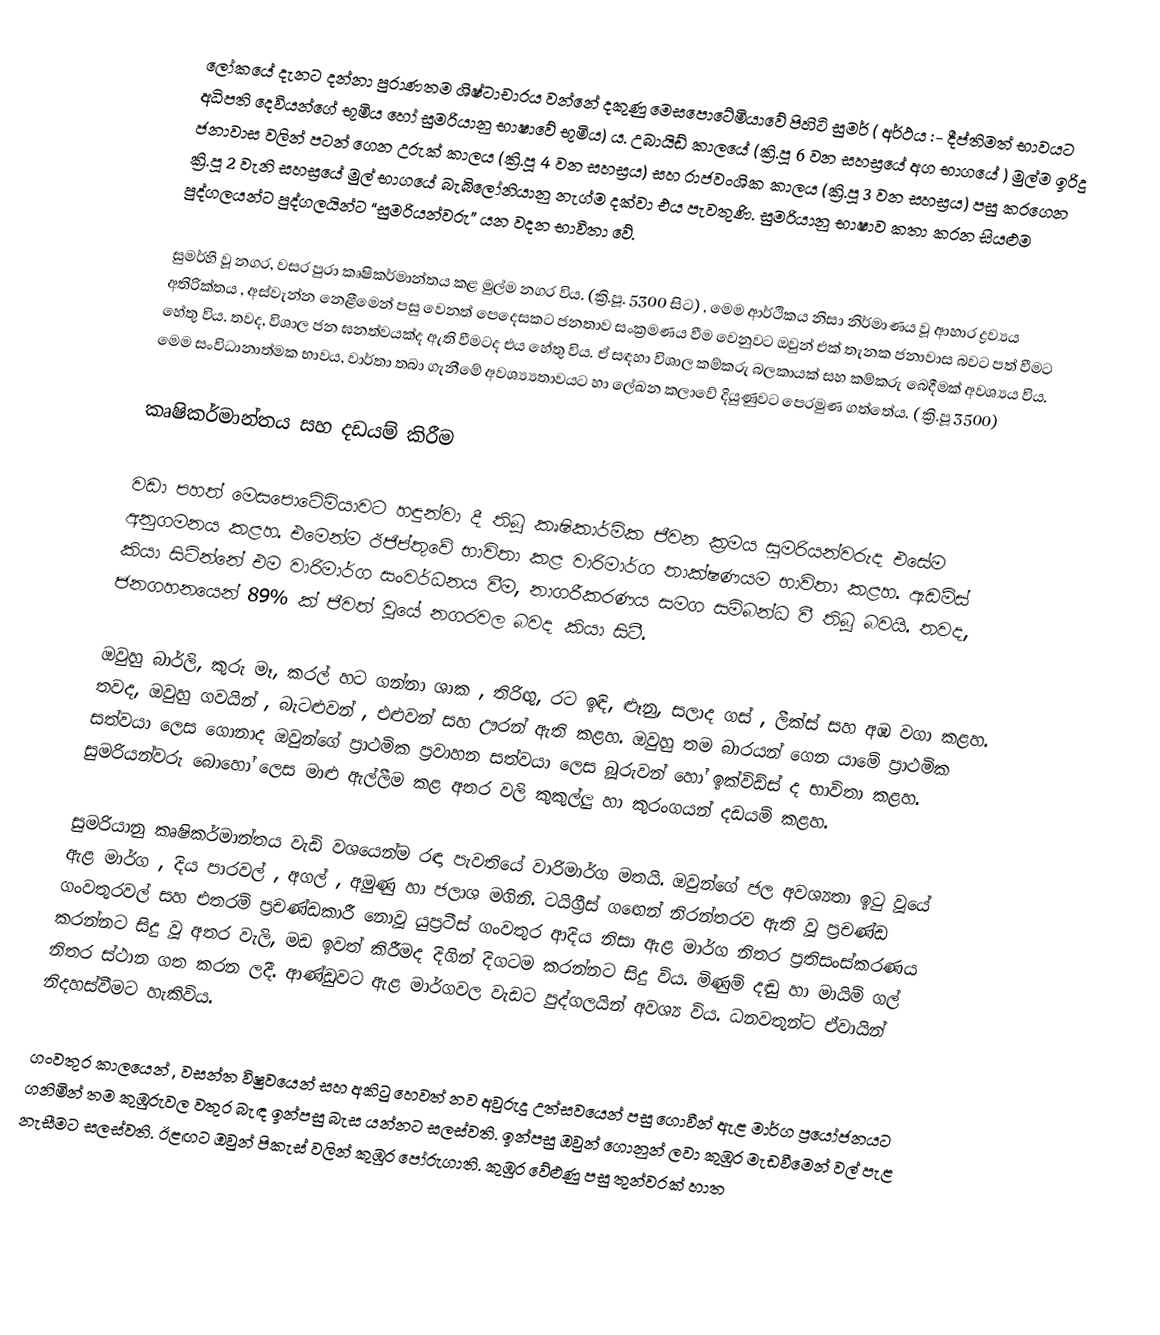
ලෝකයේ දැනට දන්නා පුරාණතම ශිෂ්ටාචාරය වන්නේ දකුණු මෙසපොටේමියාවේ පිහිටි සුමර් ( අර්ථය :- දීප්තිමත් භාවයට අධිපති දෙවියන්ගේ භූමිය හෝ සුමරියානු භාෂාවේ භූමිය) ය. උබායිඩ් කාලයේ (ක්‍රි.පූ 6 වන සහස්‍රයේ අග භාගයේ ) මුල්ම ඉරිදු ජනාවාස වලින් පටන් ගෙන උරුක් කාලය (ක්‍රි.පූ 4 වන සහස්‍රය) සහ රාජවංශික කාලය (ක්‍රි.පූ 3 වන සහස්‍රය) පසු කරගෙන ක්‍රි.පූ 2 වැනි සහස්‍රයේ මුල් භාගයේ බැබිලෝනියානු නැග්ම දක්වා එය පැවතුණි. සුමරියානු භාෂාව කතා කරන සියළුම පුද්ගලයන්ට පුද්ගලයින්ට “සුමරියන්වරු” යන වදන භාවිතා වේ.

සුමර්හි වූ නගර, වසර පුරා කෘෂිකර්මාන්තය කළ මුල්ම නගර විය. (ක්‍රි.පූ. 5300 සිට) , මෙම ආර්ථිකය නිසා නිර්මාණය වූ ආහාර ද්‍රව්‍යය අතිරික්තය , අස්වැන්න නෙළීමෙන් පසු වෙනත් පෙදෙසකට ජනතාව සංක්‍රමණය වීම වෙනුවට ඔවුන් එක් තැනක ජනාවාස බවට පත් වීමට හේතු විය. තවද, විශාල ජන ඝනත්වයක්ද ඇති වීමටද එය හේතු විය. ඒ සඳහා විශාල කම්කරු බලකායක් සහ කම්කරු බෙදීමක් අවශ්‍යය විය. මෙම සංවිධානාත්මක භාවය, වාර්තා තබා ගැනීමේ අවශ්‍ය්‍යතාවයට හා ලේඛන කලාවේ දියුණුවට පෙරමුණ ගත්තේය. ( ක්‍රි.පූ 3500)

කෘෂිකර්මාන්තය සහ දඩයම් කිරීම

වඩා පහත් මෙසපොටේමියාවට හඳුන්වා දී තිබූ කෘෂිකාර්මික ජීවන ක්‍රමය සුමරියන්වරුද එසේම අනුගමනය කළහ. එමෙන්ම ඊජිප්තුවේ භාවිතා කළ වාරිමාර්ග තාක්ෂණයම භාවිතා කළහ. ඇඩම්ස් කියා සිටින්නේ එම වාරිමාර්ග සංවර්ධනය වීම, නාගරීකරණය සමග සම්බන්ධ වී තිබූ බවයි. තවද, ජනගහනයෙන් 89% ක් ජීවත් වූයේ නගරවල බවද කියා සිටී.

ඔවුහු බාර්ලි, කුරු මෑ, කරල් හට ගන්නා ශාක , තිරිඟු, රට ඉඳි, ළූනු, සලාද ගස් , ලීක්ස් සහ අඹ වගා කළහ. තවද, ඔවුහු ගවයින් , බැටළුවන් , එළුවන් සහ ඌරන් ඇති කළහ. ඔවුහු තම බාරයන් ගෙන යාමේ ප්‍රාථමික සත්වයා ලෙස ගොනාද ඔවුන්ගේ ප්‍රාථමික ප්‍රවාහන සත්වයා ලෙස බූරුවන් හෝ ඉක්විඩ්ස් ද භාවිතා කළහ. සුමරියන්වරු බොහෝ ලෙස මාළු ඇල්ලීම කළ අතර වලි කුකුල්ලු හා කුරංගයන් දඩයම් කළහ.

සුමරියානු කෘෂිකර්මාන්තය වැඩි වශයෙන්ම රඳා පැවතියේ වාරිමාර්ග මතයි. ඔවුන්ගේ ජල අවශ්‍යතා ඉටු වූයේ ඇළ මාර්ග , දිය පාරවල් , අගල් , අමුණු හා ජලාශ මගිනි. ටයිග්‍රීස් ග‍ඟෙන් නිරන්තරව ඇති වූ ප්‍රචණ්ඩ ගංවතුරවල් සහ එතරම් ප්‍රචණ්ඩකාරී නොවූ යුප්‍රටීස් ගංවතුර ආදිය නිසා ඇළ මාර්ග නිතර ප්‍රතිසංස්කරණය කරන්නට සිදු වූ අතර වැලි, මඩ ඉවත් කිරීමද දිගින් දිගටම කරන්නට සිදු විය. මිණුම් දඬු හා මායිම්  ගල් නිතර ස්ථාන ගත කරන ලදී. ආණ්ඩුවට ඇළ මාර්ගවල වැඩට පුද්ගලයින් අවශ්‍ය විය. ධනවතුන්ට ඒවායින් නිදහස්වීමට හැකිවිය.

ගංවතුර කාලයෙන් , වසන්ත විෂුවයෙන් සහ අකිටු හෙවත් නව අවුරුදු උත්සවයෙන් පසු ගොවීන් ඇළ මාර්ග ප්‍රයෝජනයට ගනිමින් තම කුඹුරුවල වතුර බැඳ ඉන්පසු බැස යන්නට  සලස්වති. ඉන්පසු ඔවුන් ගොනුන් ලවා කුඹුර මැඩවීමෙන් වල් පැළ නැසීමට සලස්වති. ඊළඟට ඔවුන් පිකැස් වලින් කුඹුර පෝරුගාති. කුඹුර වේළුණු පසු තුන්වරක් හාත